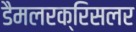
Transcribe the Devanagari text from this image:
डैमलरक्रिसलर